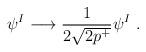
LaTeX: \begin{align*}\psi^I \longrightarrow \frac{1}{2\sqrt{2p^+}} \psi^I ~.\end{align*}